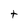
Character: t